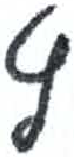
אות: ץ